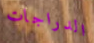
الدراجات